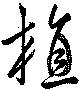
植